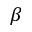
\beta